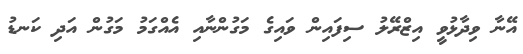
އޭނާ ވިދާޅުވީ އިޒްރޭލު ސިފައިން ވައިގެ މަގުންނާއި އެއްގަމު މަގުން އަދި ކަނޑު